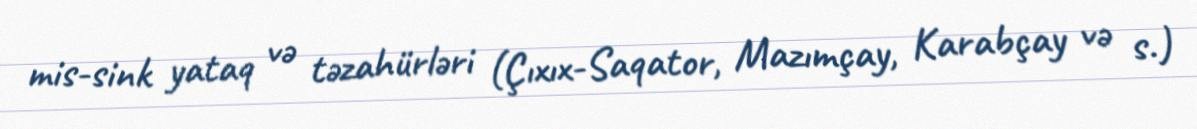
mis-sink yataq və təzahürləri (Çıxıx-Saqator, Mazımçay, Karabçay və s.)